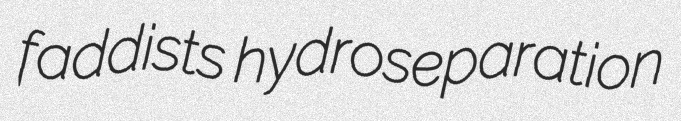
faddists hydroseparation